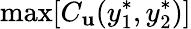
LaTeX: \operatorname*{max}[C_{\mathbf{u}}(y_{1}^{*},y_{2}^{*})]